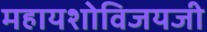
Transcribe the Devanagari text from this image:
महायशोविजयजी